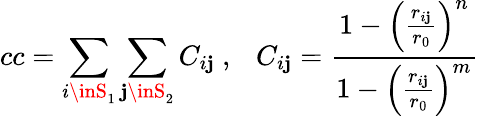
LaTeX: cc=\sum_{i\inS_{1}}\sum_{\mathbf{j}\inS_{2}}C_{i\mathbf{j}}\ ,\ \ \ C_{i\mathbf{j}}=\frac{{1-\Big(\frac{{r_{i\mathbf{j}}}}{{r_{0}}}\Big)^{n}}}{{1-\Big(\frac{{r_{i\mathbf{j}}}}{{r_{0}}}\Big)^{m}}}